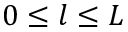
0 \leq l \leq L